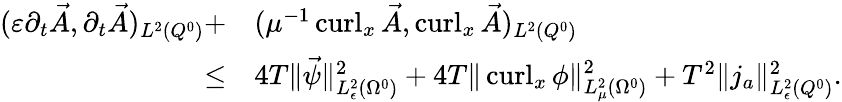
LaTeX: \begin{array}{rl}{(\varepsilon\partial_{t}\vec{A},\partial_{t}\vec{A})_{L^{2}(Q^{0})}+}&{(\mu^{-1}\operatorname{curl}_{x}\vec{A},\operatorname{curl}_{x}\vec{A})_{L^{2}(Q^{0})}}\\ {\leq}&{4T\| \vec{\psi}\| _{L_{\epsilon}^{2}(\Omega^{0})}^{2}+4T\| \operatorname{curl}_{x}\phi\| _{L_{\mu}^{2}(\Omega^{0})}^{2}+T^{2}\| j_{a}\| _{L_{\epsilon}^{2}(Q^{0})}^{2}.}\end{array}